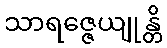
သာရဇ္ဇေယျုန္တိ